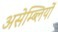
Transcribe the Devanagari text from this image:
असेम्ब्लियों